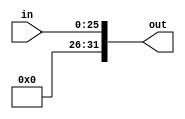
`timescale 1ns / 1ps
//////////////////////////////////////////////////////////////////////////////////
// Company: 
// Engineer: 
// 
// Design Name: 
// Module Name: SignExtensionJump
// Project Name: 
// Target Devices: 
// Tool Versions: 
// Description: 
// 
// Dependencies: 
// 
// Revision:
// Revision 0.01 - File Created
// Additional Comments:
// 
//////////////////////////////////////////////////////////////////////////////////


module SignExtensionJump(in, out);

    /* A 16-Bit input word */
    input [25:0] in;
    
    /* A 32-Bit output word */
    output reg [31:0] out;
    
    always @(*)
    begin
        out <= {6'b0, in};
    end
endmodule